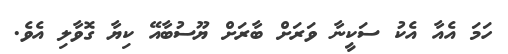
ހަމަ އެއާ އެކު ސަކީނާ ވަރަށް ބާރަށް ޔޫސުބާއޭ ކިޔާ ގޮވާލި އެވެ.